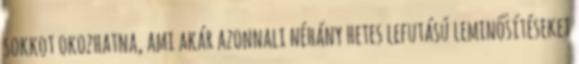
sokkot okozhatna, ami akár azonnali néhány hetes lefutású leminősítéseket